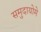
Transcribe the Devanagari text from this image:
समुदायोमे